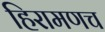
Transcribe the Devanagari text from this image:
हिरामणच